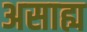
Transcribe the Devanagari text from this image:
असाह्य